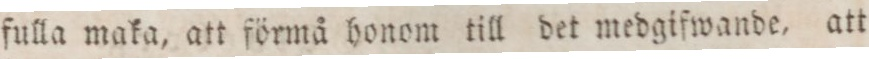
fulla maka, att förmå honom till det medgifwande, att